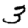
Digit: 3